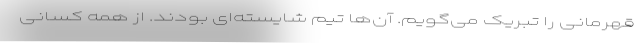
قهرمانی را تبریک می‌گویم. آن‌ها تیم شایسته‌ای بودند. از همه کسانی